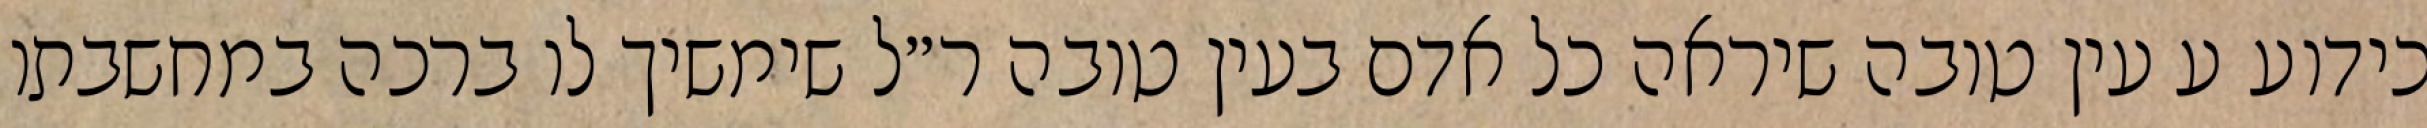
כידוע ע עין טובה שיראה כל אדם בעין טובה ר״ל שימשיך לו ברכה במחשבתו